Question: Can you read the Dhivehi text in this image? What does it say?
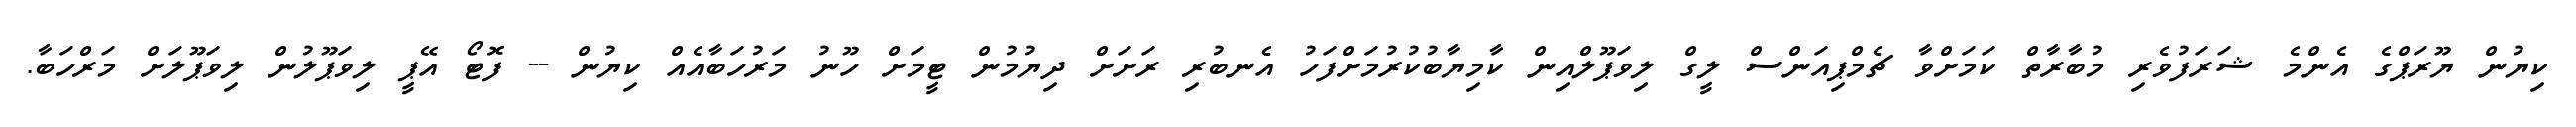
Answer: ކިޔުން ޔޫރަޕްގެ އެންމެ ޝަރަފުވެރި މުބާރާތް ކަމަށްވާ ޗެމްޕިއަންސް ލީގް ލިވަޕޫލްއިން ކާމިޔާބުކުރުމަށްފަހު އެނބުރި ރަށަށް ދިޔުމުން ޓީމަށް ހޫނު މަރުހަބާއެއް ކިޔުން -- ފޮޓޯ އޭޕީ ލިވަޕޫލުން ލިވަޕޫލަށް މަރްހަބާ.